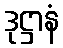
ဒုဋ္ဌာနံ